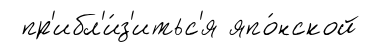
пр'ибл'и́з'итьс'я япо́нской